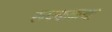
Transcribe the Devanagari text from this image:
रूपककथा